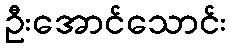
ဦးအောင်သောင်း